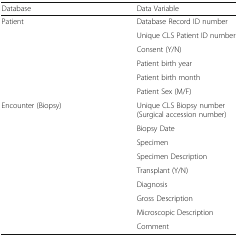
<table><thead><tr><td><b>Database</b></td><td><b>Data Variable</b></td></tr></thead><tbody><tr><td rowspan="6">Patient</td><td>Database Record ID number</td></tr><tr><td>Unique CLS Patient ID number</td></tr><tr><td>Consent (Y/N)</td></tr><tr><td>Patient birth year</td></tr><tr><td>Patient birth month</td></tr><tr><td>Patient Sex (M/F)</td></tr><tr><td rowspan="9">Encounter (Biopsy)</td><td>Unique CLS Biopsy number (Surgical accession number)</td></tr><tr><td>Biopsy Date</td></tr><tr><td>Specimen</td></tr><tr><td>Specimen Description</td></tr><tr><td>Transplant (Y/N)</td></tr><tr><td>Diagnosis</td></tr><tr><td>Gross Description</td></tr><tr><td>Microscopic Description</td></tr><tr><td>Comment</td></tr></tbody></table>